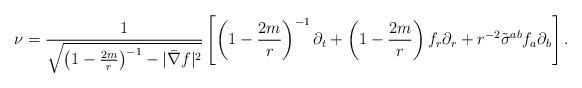
LaTeX: \begin{align*}\nu = \frac{1}{\sqrt{ \left(1 - \frac{2m}{r} \right)^{-1} - |\bar{\nabla} f|^2}} \left[ \left( 1 - \frac{2m}{r} \right)^{-1} \partial_t + \left( 1 - \frac{2m}{r} \right) f_r \partial_r + r^{-2} \tilde{\sigma}^{ab} f_a \partial_b \right].\end{align*}